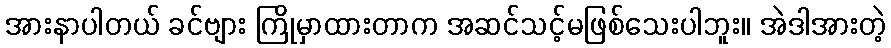
အားနာပါတယ် ခင်ဗျား ကြိုမှာထားတာက အဆင်သင့်မဖြစ်သေးပါဘူး။ အဲဒါအားတဲ့